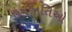
ઉપજાતિઓ